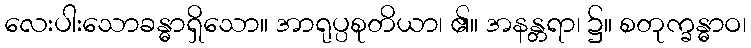
လေးပါးသောခန္ဓာရှိသော။ အာရုပ္ပစုတိယာ၊ ၏။ အနန္တရာ၊ ၌။ စတုက္ခန္ဓာဝ၊